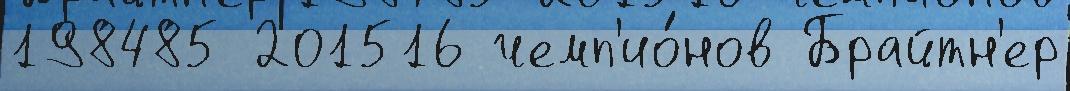
198485 201516 чемп'ио́нов Брайтн'ер